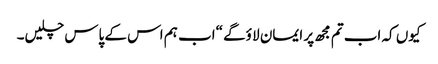
کیوں کہ اب تم مجھ پر ایمان لا ؤگے “اب ہم اس کے پاس چلیں۔